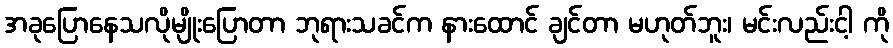
အခုပြောနေသလိုမျိုးပြောတာ ဘုရားသခင်က နားထောင် ချင်တာ မဟုတ်ဘူး၊ မင်းလည်းငါ့ ကို